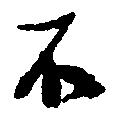
不